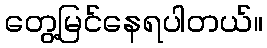
တွေ့မြင်နေရပါတယ်။